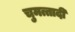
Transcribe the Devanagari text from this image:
चुमत्तादी